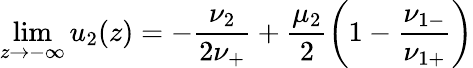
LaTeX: \operatorname*{lim}_{z\to-\infty}u_{2}(z)=-\frac{\nu_{2}}{2\nu_{+}}+\frac{\mu_{2}}{2}\left(1-\frac{\nu_{1-}}{\nu_{1+}}\right)